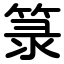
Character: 箓